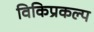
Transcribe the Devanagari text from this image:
विकिप्रकल्प